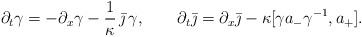
\begin{align*}\partial_t \gamma = - \partial_x \gamma - \frac{1}{\kappa} \, \bar \jmath \, \gamma, \qquad\partial_t \bar \jmath = \partial_x \bar \jmath - \kappa [\gamma a_- \gamma^{-1}, a_+]. \end{align*}